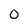
Character: 0